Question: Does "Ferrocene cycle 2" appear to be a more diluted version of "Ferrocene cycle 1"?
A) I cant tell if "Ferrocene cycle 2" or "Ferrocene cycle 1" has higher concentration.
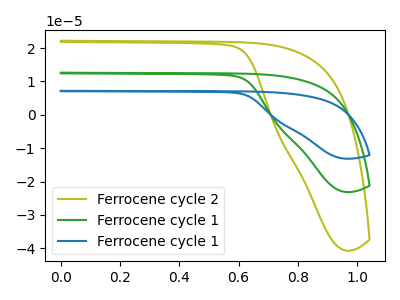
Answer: <think>The olive curve "Ferrocene cycle 2" has no peaks. The green curve "Ferrocene cycle 1" has no peaks. The blue curve "Ferrocene cycle 1" has no peaks.
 Neither "Ferrocene cycle 2" or "Ferrocene cycle 1" have any peaks.</think>
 <answer>A) I cant tell if "Ferrocene cycle 2" or "Ferrocene cycle 1" has higher concentration.</answer>
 <eval>A</eval>